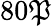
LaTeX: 80\mathfrak{P}